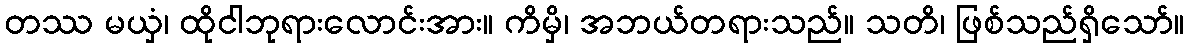
တဿ မယှံ၊ ထိုငါဘုရားလောင်းအား။ ကိမှိ၊ အဘယ်တရားသည်။ သတိ၊ ဖြစ်သည်ရှိသော်။